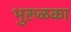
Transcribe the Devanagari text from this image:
भुरुळका